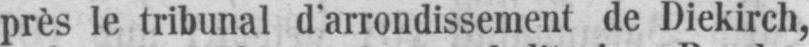
près le tribunal d’arrondissement de Diekirch